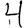
Digit: 4